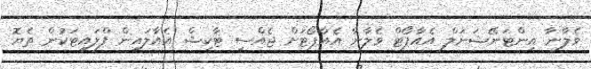
ވެލާނާ އިންޓަނޭޝަނަލް އެއާޕޯޓް ވެލާނާ އެއާޕޯޓަށް ޖެއްސި ޓާކިޝް އެއާލައިން ފްލައިޓަކުން ތެޔޮ